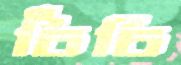
চিঁচি